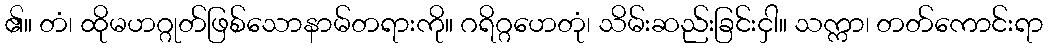
၏။ တံ၊ ထိုမဟဂ္ဂုတ်ဖြစ်သောနာမ်တရားကို။ ဂရိဂ္ဂဟေတုံ၊ သိမ်းဆည်းခြင်းငှါ။ သက္ကာ၊ တတ်ကောင်းရာ